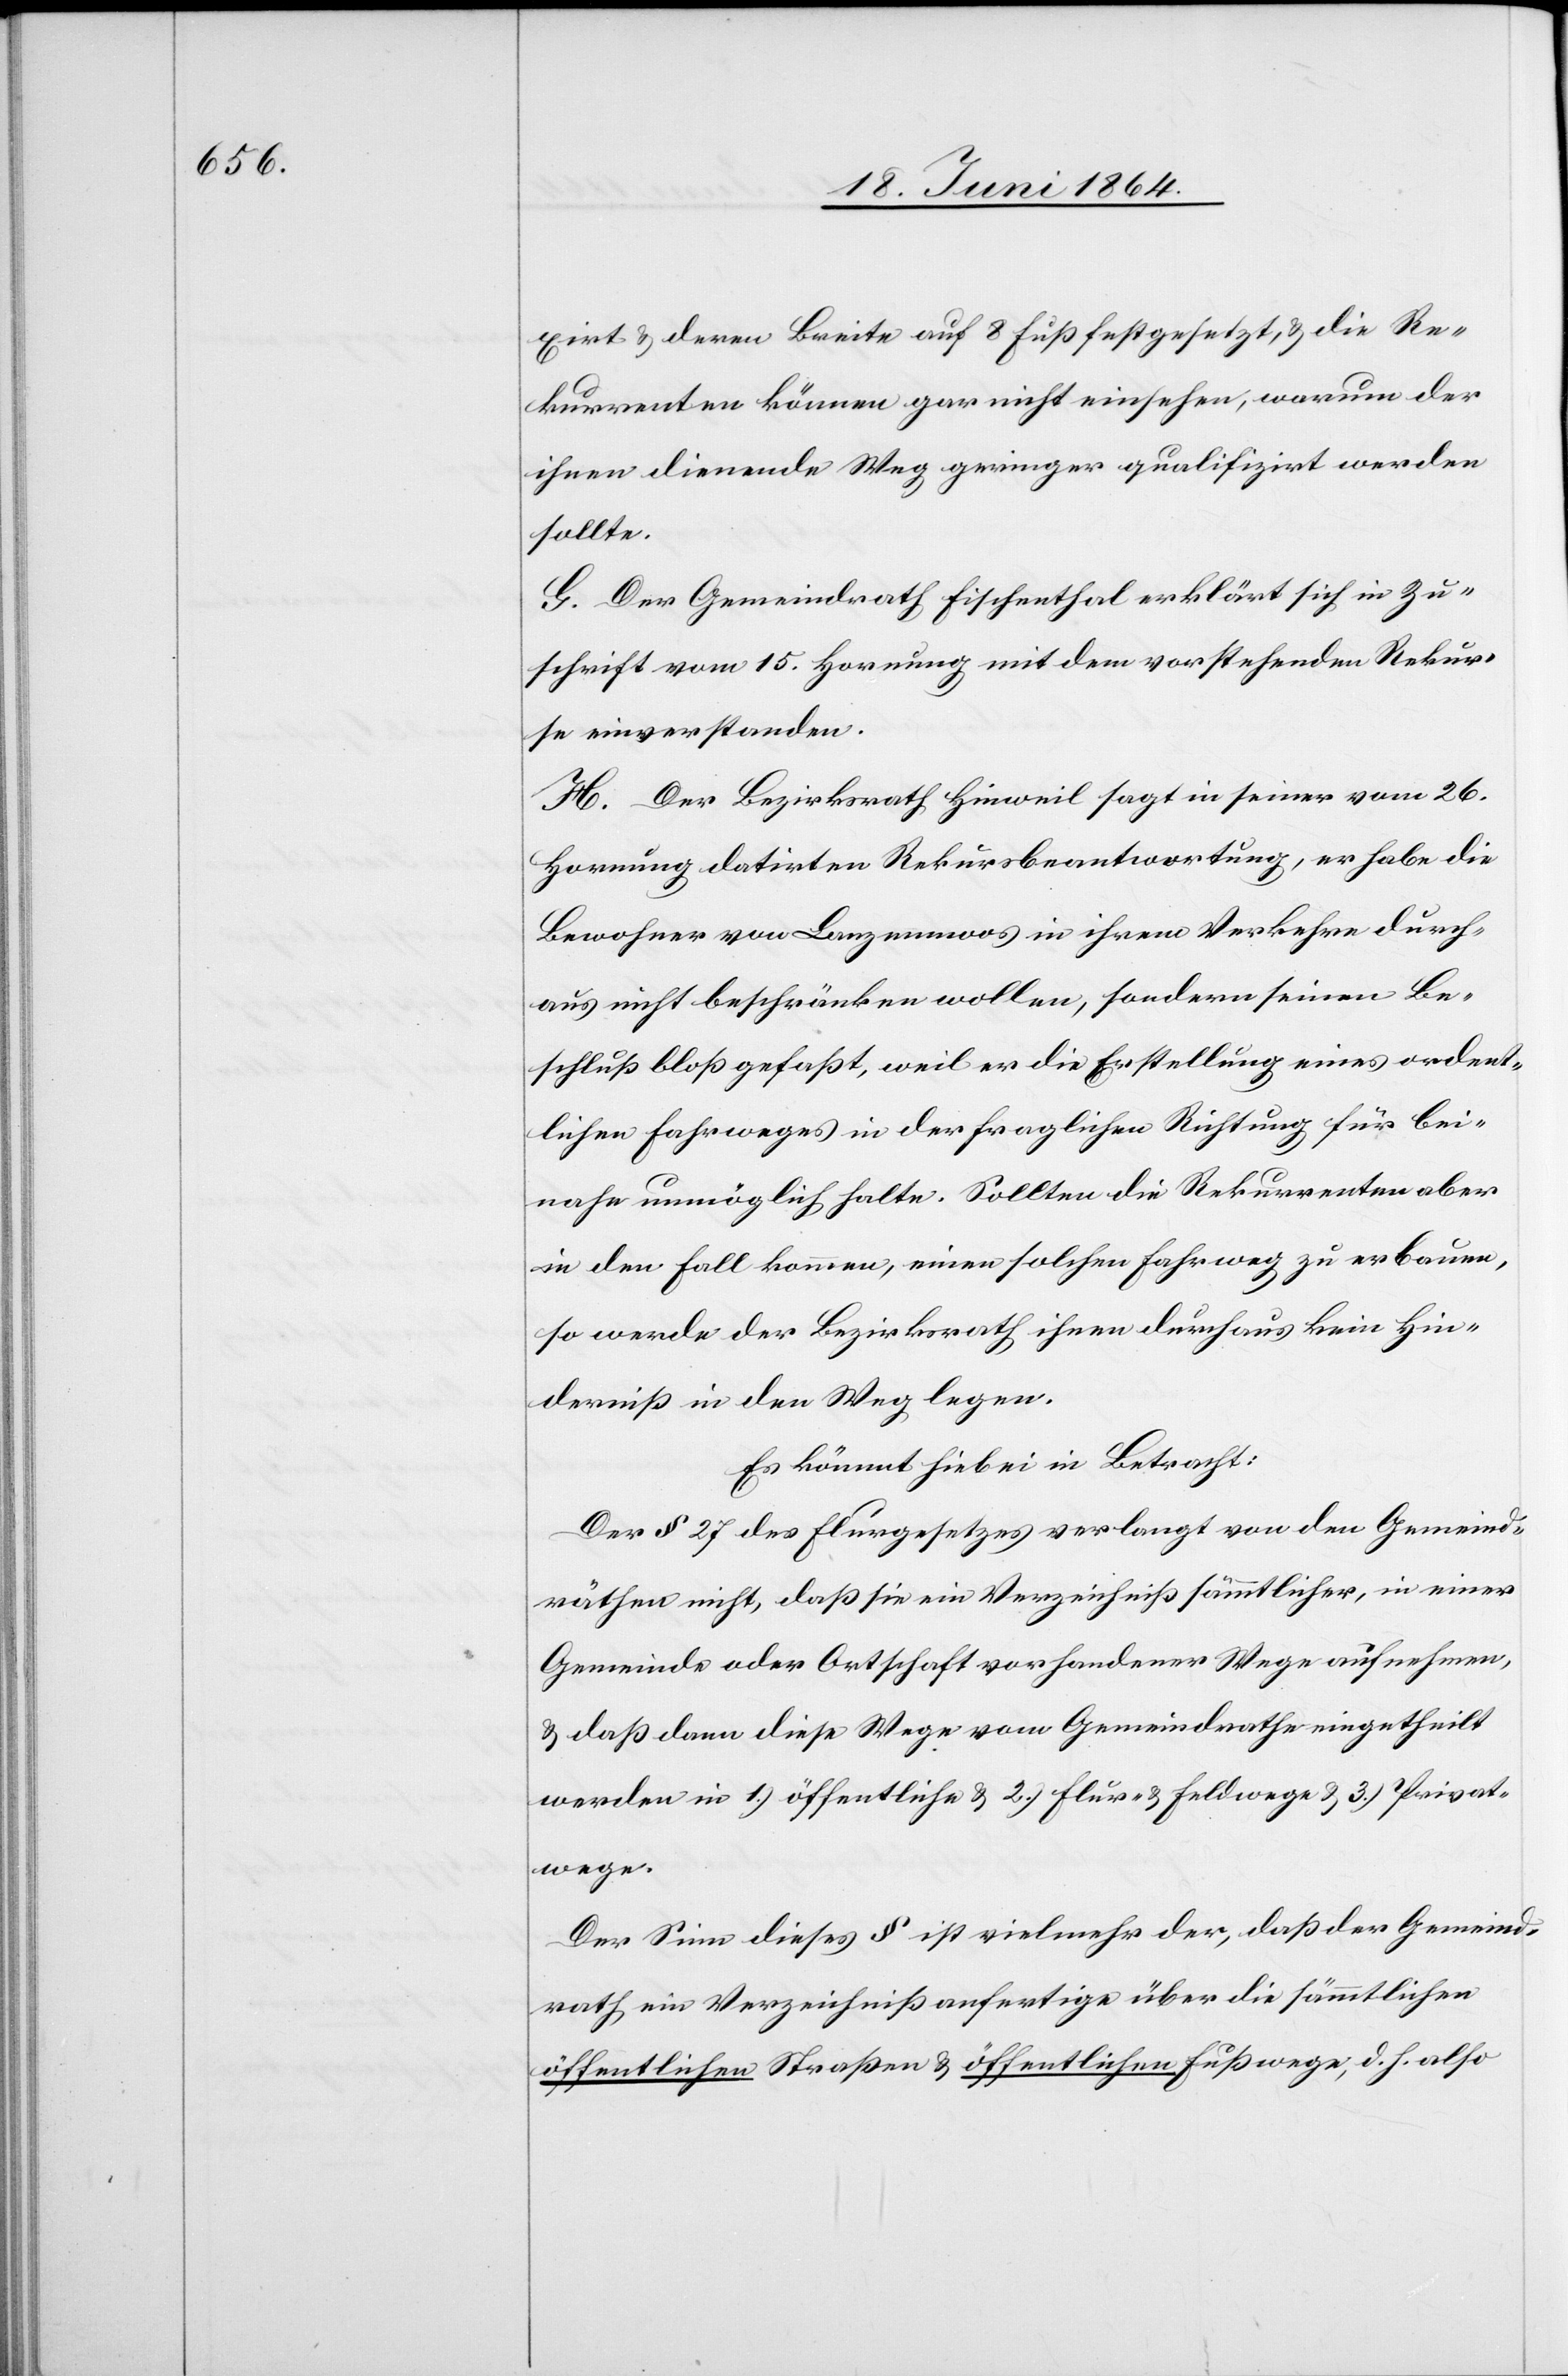
xirt u. deren Breite auf 8 Fuß festgesetzt, u. die Re¬
kurrenten können gar nicht einsehen, warum der
ihnen dienende Weg geringer qualifizirt werden
sollte.
G. Der Gemeindrath Fischenthal erklärt sich in Zu¬
schrift vom 15. Hornung mit dem vorstehenden Rekur¬
se einverstanden.
H. Der Bezirksrath Hinweil sagt in seiner vom 26.
Hornung datirten Rekursbeantwortung, er habe die
Bewohner von Lanzenmoos in ihrem Verkehre durch¬
aus nicht beschränken wollen, sondern seinen Be¬
schluß bloß gefaßt, weil er die Erstellung eines ordent¬
lichen Fahrweges in der fraglichen Richtung für bei¬
nahe unmöglich halte. Sollten die Rekurrenten aber
in den Fall kommen, einen solchen Fahrweg zu erbauen,
so werde der Bezirksrath ihnen durchaus kein Hin¬
derniß in den Weg legen.
Es kömmt hiebei in Betracht:
Der § 27 des Flurgesetzes verlangt von den Gemeind¬
räthen nicht, daß sie ein Verzeichniß sämmtlicher, in einer
Gemeinde oder Ortschaft vorhandenen Wege aufnehmen,
u. daß dann diese Wege vom Gemeindrathe eingetheilt
werden in 1.) öffentliche u. 2.) Flur- u. Feldwege u. 3.) Privat¬
wege.
Der Sinn dieses § ist vielmehr der, daß der Gemeind¬
rath ein Verzeichniß anfertige über die sämmtlichen
öffentlichen Straßen u. öffentlichen Fußwege, d. h. also